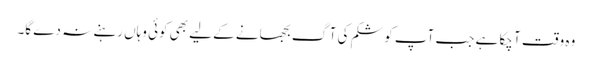
وہ وقت آ چکا ہے جب آپ کو شکم کی آگ بجھانے کے لیے بھی کوئی وہاں رہنے نہ دے گا۔